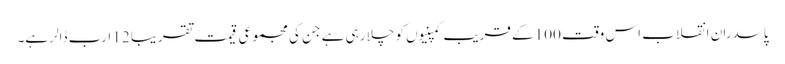
پاسدران انقلاب اس وقت 100 کے قریب کمپنیوں کو چلا رہی ہے جن کی مجموعی قیمت تقریبا 12 ارب ڈالر ہے۔